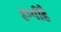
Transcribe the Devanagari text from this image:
हम्पीहै